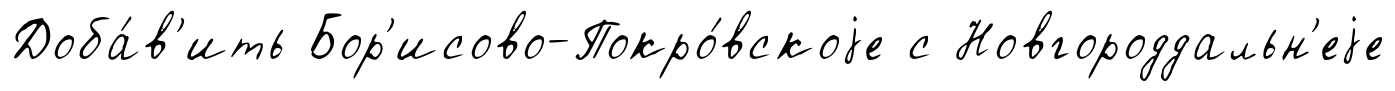
Доба́в'ить Бор'исово-Покро́вскоjе с Новгороддальн'еjе